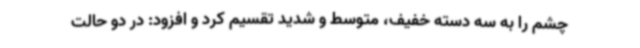
چشم را به سه دسته خفیف، متوسط و شدید تقسیم کرد و افزود: در دو حالت